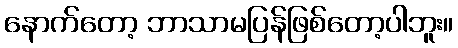
နောက်တော့ ဘာသာမပြန်ဖြစ်တော့ပါဘူး။